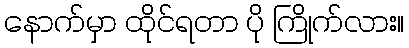
နောက်မှာ ထိုင်ရတာ ပို ကြိုက်လား။